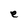
Character: e